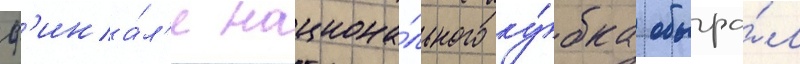
ф'ина́л'е национа́льного ку́бка обыгра́л